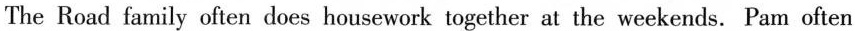
The Road family often does housework together at the weekends. Pam often